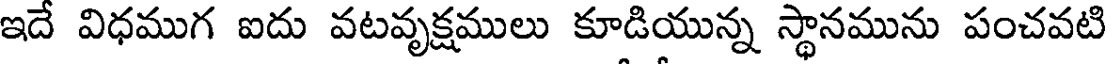
ఇదే విధముగ ఐదు వటవృక్షములు కూడియున్న స్థానమును పంచవటి